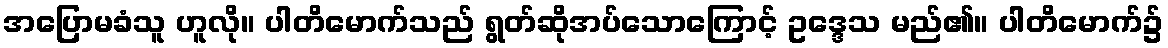
အပြောမခံသူ ဟူလို။ ပါတိမောက်သည် ရွတ်ဆိုအပ်သောကြောင့် ဥဒ္ဒေသ မည်၏။ ပါတိမောက်၌